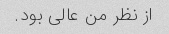
از نظر من عالی بود.